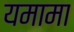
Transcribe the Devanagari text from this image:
यमामा